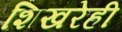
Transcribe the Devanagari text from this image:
शिखरेही